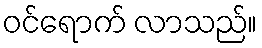
ဝင်ရောက် လာသည်။